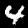
Label: 4